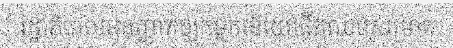
រដ្ឋាភិបាលអនុញ្ញាតឲ្យកម្មករនិយោជិកឈប់សម្រាក